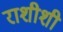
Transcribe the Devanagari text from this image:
राशीशी